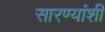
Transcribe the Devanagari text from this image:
सारण्यांशी